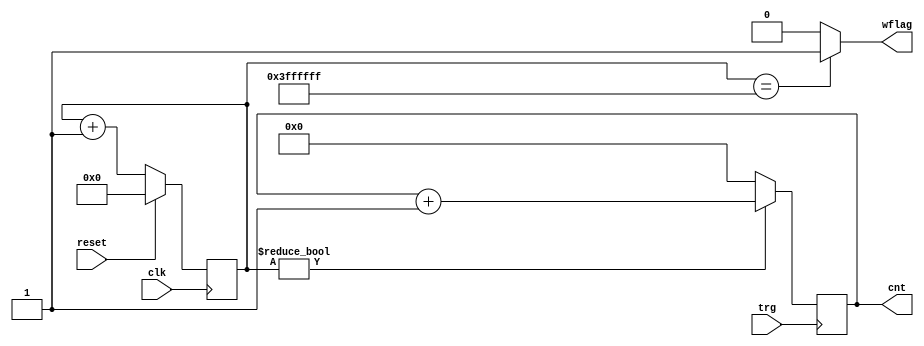
`timescale 1ns / 1ps

module cps_counter(
reset,
trg,
clk,
cnt,
wflag
    );
	input trg;
	input clk;
	input reset;
	output[15:0] cnt;
	output wflag;
	
	reg[15:0] count;
	reg[26:0] timer;
    
	always@(posedge clk)begin
		if(reset)
			timer<=26'h000_0000;
		else
			timer<=timer+1;
	end
	
	always@(posedge trg)begin
		if(timer)
			count <=count+1;
		else
			count <=16'h0000;
	end
		
	assign wflag = (timer == 26'h3_ff_ffff)? 1:0;
	assign cnt = count;	
endmodule